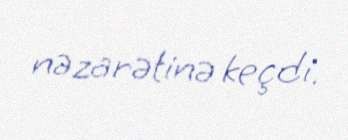
nəzarətinə keçdi.